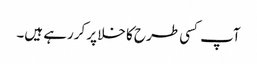
آپ کسی طرح کا خلا پر کررہے ہیں۔